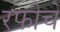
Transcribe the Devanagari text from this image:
रफीचे